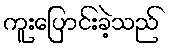
ကူးပြောင်းခဲ့သည်